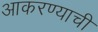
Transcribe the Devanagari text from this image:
आकरण्याची